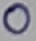
Text: 0